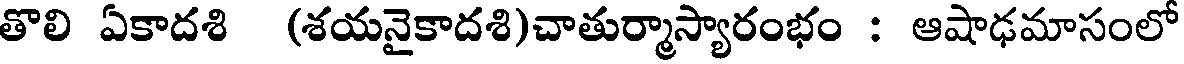
తొలి ఏకాదశి (శయనైకాదశి)చాతుర్మాస్యారంభం : ఆషాఢమాసంలో